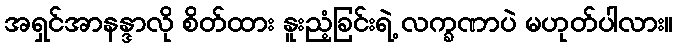
အရှင်အာနန္ဒာလို စိတ်ထား နူးညံ့ခြင်းရဲ့ လက္ခဏာပဲ မဟုတ်ပါလား။